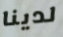
لدينا